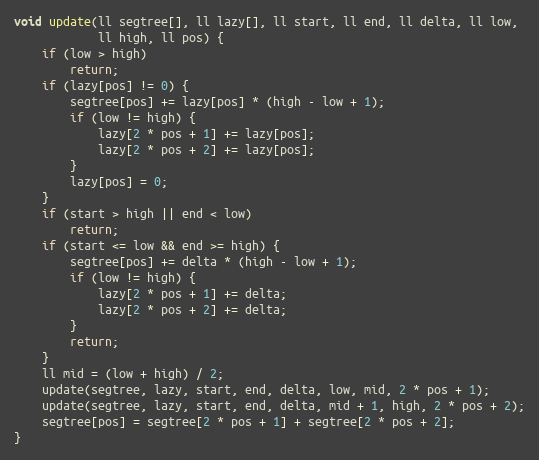
Language: C++
void update(ll segtree[], ll lazy[], ll start, ll end, ll delta, ll low,
            ll high, ll pos) {
    if (low > high)
        return;
    if (lazy[pos] != 0) {
        segtree[pos] += lazy[pos] * (high - low + 1);
        if (low != high) {
            lazy[2 * pos + 1] += lazy[pos];
            lazy[2 * pos + 2] += lazy[pos];
        }
        lazy[pos] = 0;
    }
    if (start > high || end < low)
        return;
    if (start <= low && end >= high) {
        segtree[pos] += delta * (high - low + 1);
        if (low != high) {
            lazy[2 * pos + 1] += delta;
            lazy[2 * pos + 2] += delta;
        }
        return;
    }
    ll mid = (low + high) / 2;
    update(segtree, lazy, start, end, delta, low, mid, 2 * pos + 1);
    update(segtree, lazy, start, end, delta, mid + 1, high, 2 * pos + 2);
    segtree[pos] = segtree[2 * pos + 1] + segtree[2 * pos + 2];
}